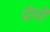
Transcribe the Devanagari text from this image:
द्रंमों